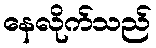
နေလိုက်သည်